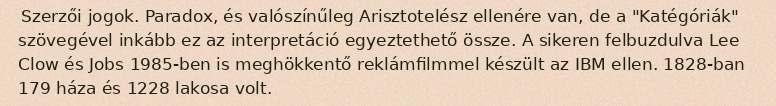
Szerzői jogok. Paradox, és valószínűleg Arisztotelész ellenére van, de a "Katégóriák" szövegével inkább ez az interpretáció egyeztethető össze. A sikeren felbuzdulva Lee Clow és Jobs 1985-ben is meghökkentő reklámfilmmel készült az IBM ellen. 1828-ban 179 háza és 1228 lakosa volt.